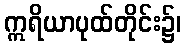
ဣရိယာပုထ်တိုင်း၌၊